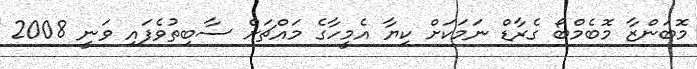
މޮބަންޒާ މޮބެމްބޯ ގެރާޑް ނަމަކަށް ކިޔާ އެމީހާގެ މައްޗަށް ސާބިތުވެފައި ވަނީ 2008